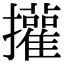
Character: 㩲